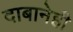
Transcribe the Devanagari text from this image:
दाबानेही